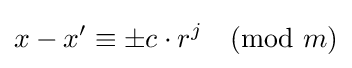
x-x'\equiv \pm c\cdot r^{j}{\pmod {m}}